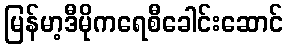
မြန်မာ့ဒီမိုကရေစီခေါင်းဆောင်